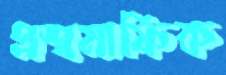
প্রশ্নমাফিক